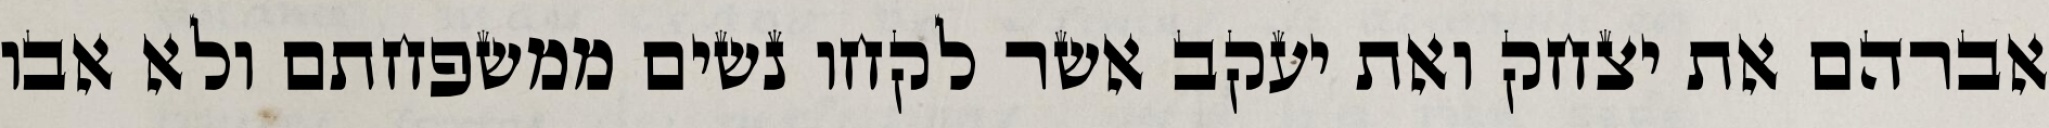
אברהם את יצחק ואת יעקב אשר לקחו נשים ממשפחתם ולא אבו